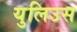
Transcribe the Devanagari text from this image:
युलिउस